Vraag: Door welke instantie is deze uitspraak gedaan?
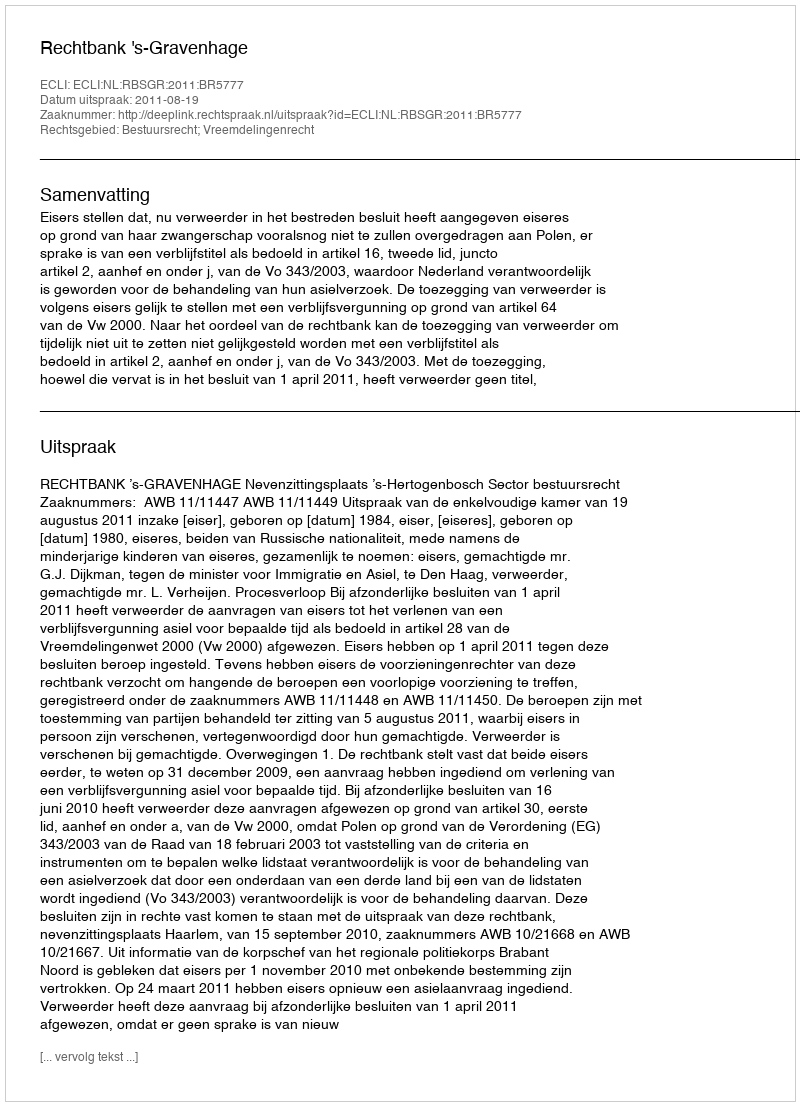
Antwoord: Rechtbank 's-Gravenhage